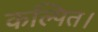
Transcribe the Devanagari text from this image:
कल्पित।